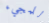
للمجيء